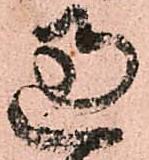
過